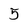
Character: 5